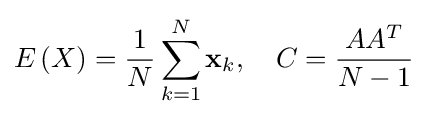
E\left(X\right)={\frac {1}{N}}\sum _{k=1}^{N}\mathbf {x} _{k},\quad C={\frac {AA^{T}}{N-1}}